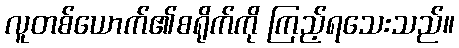
လူတစ်ယောက်၏စရိုက်ကို ကြည့်ရသေးသည်။